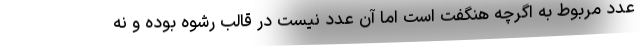
عدد مربوط به اگرچه هنگفت است اما آن عدد نیست در قالب رشوه بوده و نه